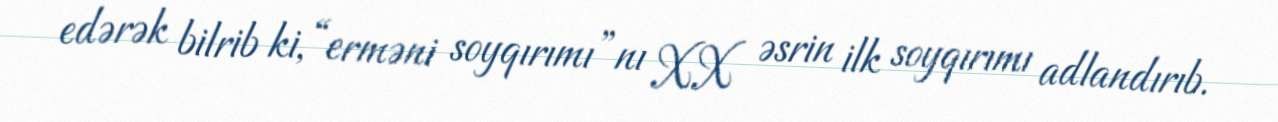
edərək bilrib ki, “erməni soyqırımı”nı XX əsrin ilk soyqırımı adlandırıb.